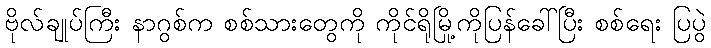
ဗိုလ်ချုပ်ကြီး နာဂွစ်က စစ်သားတွေကို ကိုင်ရိုမြို့ကိုပြန်ခေါ်ပြီး စစ်ရေး ပြပွဲ